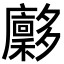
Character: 𪥀